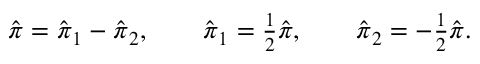
\begin{array} { r } { \hat { \boldsymbol { \pi } } = \hat { \boldsymbol { \pi } } _ { 1 } - \hat { \boldsymbol { \pi } } _ { 2 } , \quad \quad \hat { \boldsymbol { \pi } } _ { 1 } = \frac { 1 } { 2 } \hat { \boldsymbol { \pi } } , \quad \quad \hat { \boldsymbol { \pi } } _ { 2 } = - \frac { 1 } { 2 } \hat { \boldsymbol { \pi } } . } \end{array}